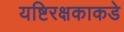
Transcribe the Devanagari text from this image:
यष्टिरक्षकाकडे